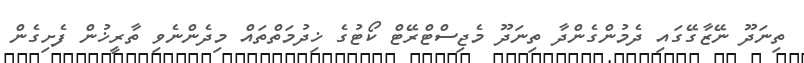
ތިނަދޫ ނޭޒާގޭގައި ދެމުންގެންދާ ތިނަދޫ މެޖިސްޓްރޭޓް ކޯޓުގެ ޚިދުމަތްތައް މިދެންނެވި ތާރީޚުން ފެށިގެން